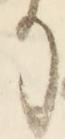
な